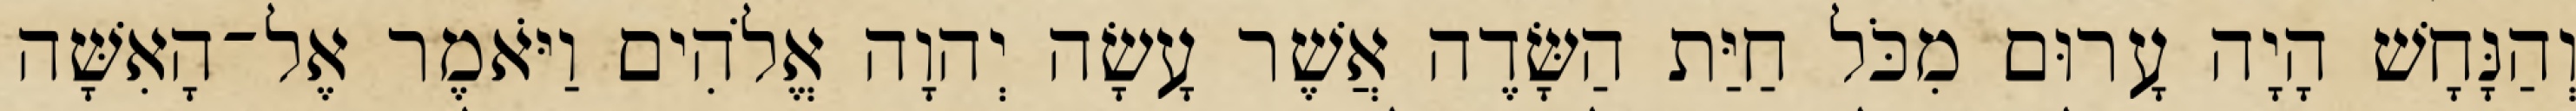
וְהַנָּחָשׁ הָיָה עָרוּם מִכֹּל חַיַּת הַשָּׂדֶה אֲשֶׁר עָשָׂה יְהוָה אֱלֹהִים וַיֹּאמֶר אֶל־הָאִשָּׁה